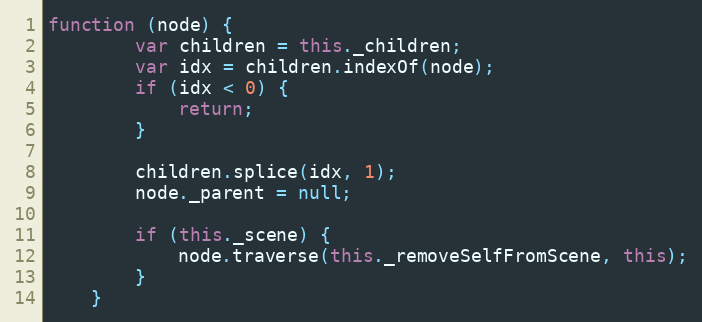
Language: JavaScript
function (node) {
        var children = this._children;
        var idx = children.indexOf(node);
        if (idx < 0) {
            return;
        }

        children.splice(idx, 1);
        node._parent = null;

        if (this._scene) {
            node.traverse(this._removeSelfFromScene, this);
        }
    }